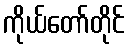
ကိုယ်တော်တိုင်